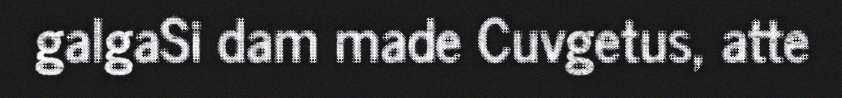
galgaSi dam made Cuvgetus, atte